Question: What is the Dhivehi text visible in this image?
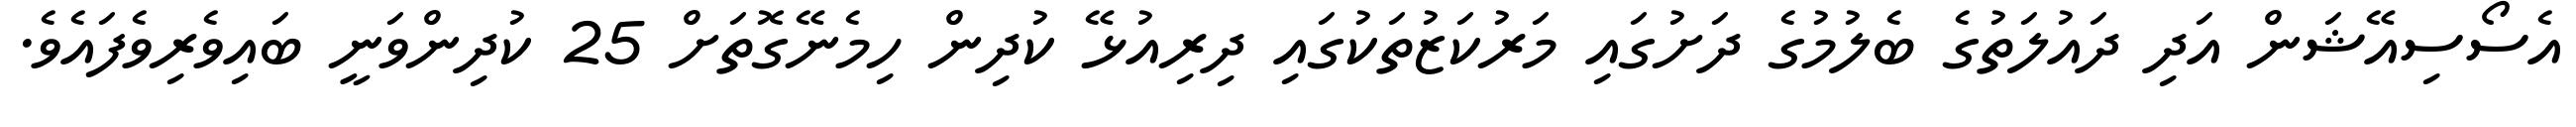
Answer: އެސޯސިއޭޝަން އަދި ދައުލަތުގެ ބެލުމުގެ ދަށުގައި މަރުކަޒުތަކުގައި ދިރިއުޅޭ ކުދިން ހިމެނޭގޮތަށް 25 ކުދިންވަނީ ބައިވެރިވެފައެވެ.